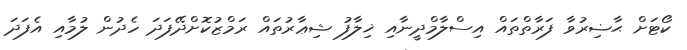
ކޯޓަށް ޙާޟިރުވާ ފަރާތްތައް އިސްލާމްދީނާއި ޚިލާފު ޝިޢާރުތައް ރަމްޒުކޮށްދޭފަދަ ހެދުން ލުމާއި އެފަދަ